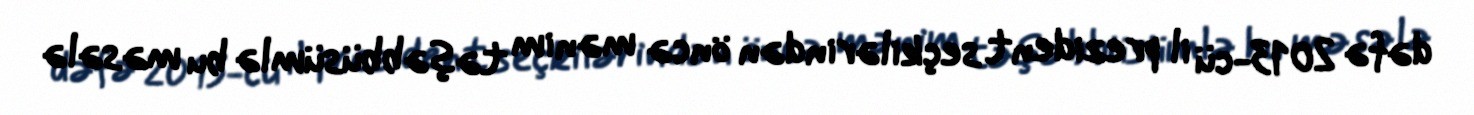
dəfə 2013-cü il prezident seçkilərindən öncə mənim təşəbbüsümlə bu məsələ